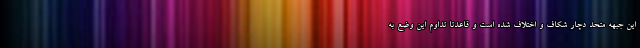
این جبهه متحد دچار شکاف و اختلاف شده است و قاعدتا تداوم این وضع به